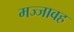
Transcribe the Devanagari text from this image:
मज्जावह